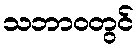
သဘာဝတွင်